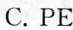
C. PE